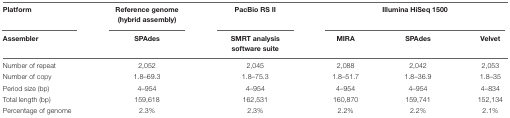
| Platform | Reference genome (hybrid assembly) | PacBio RS II | <COLSPAN=3> Illumina HiSeq 1500 |
 | Assembler | SPAdes | SMRT analysis software suite | MIRA | SPAdes | Velvet |
 | --- | --- | --- | --- | --- | --- |
 | Number of repeat | 2,052 | 2,045 | 2,088 | 2,042 | 2,053 |
 | Number of copy | 1.8–69.3 | 1.8–75.3 | 1.8–51.7 | 1.8–36.9 | 1.8–35 |
 | Period size (bp) | 4–954 | 4–954 | 4–954 | 4–954 | 4–834 |
 | Total length (bp) | 159,618 | 162,531 | 160,870 | 159,741 | 152,134 |
 | Percentage of genome | 2.3% | 2.3% | 2.2% | 2.2% | 2.1% |